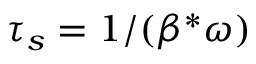
{ \tau _ { s } = 1 / ( \beta ^ { * } \omega } )